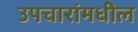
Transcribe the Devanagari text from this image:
उपचारांमधील